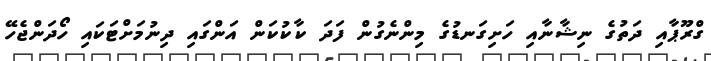
ގްރޫޕާއި ދަތުގެ ނިޝާނާއި ހަށިގަނޑުގެ މިންނެގުން ފަދަ ކާކުކަން އަންގައި ދިނުމަށްޓަކައި ހޯދަންޖެހޭ